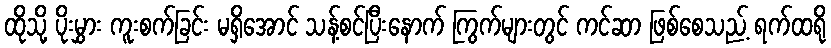
ထိုသို့ ပိုးမွှား ကူးစက်ခြင်း မရှိအောင် သန့်စင်ပြီးနောက် ကြွက်များတွင် ကင်ဆာ ဖြစ်စေသည့် ရက်ထရို